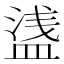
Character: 𥂆